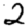
Digit: 2